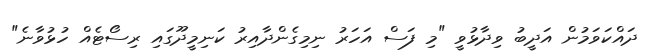
ދައްކަވަމުން އަދީބު ވިދާޅުވީ "މި ފަސް އަހަރު ނިމިގެންދާއިރު ކަނިމީދޫގައި ރިސޯޓެއް ހުޅުވާނެ"